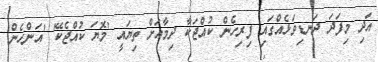
އަދި މިފަދަ ދަނޑިވަޅެއްގައި ފިރިހެން ކުއްޖަކާ ދިމާއަށް ތިޔައީ 'މޮޔަ ކުއްޖެކޭ' 'އަންހެން